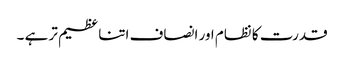
قدرت کا نظام اور انصاف اتنا عظیم تر ہے ۔